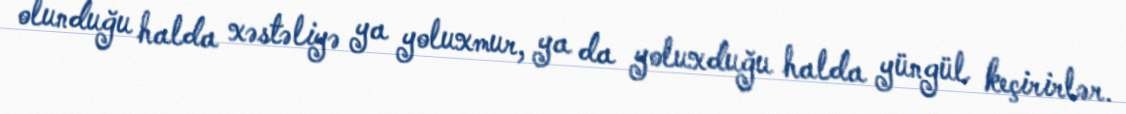
olunduğu halda xəstəliyə ya yoluxmur, ya da yoluxduğu halda yüngül keçirirlər.